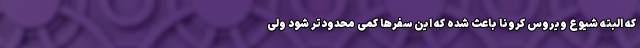
که البته شیوع ویروس کرونا باعث شده که این سفرها کمی محدودتر شود ولی